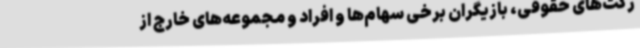
رکت‌های حقوقی، بازیگران برخی سهام‌ها و افراد و مجموعه‌های خارج از